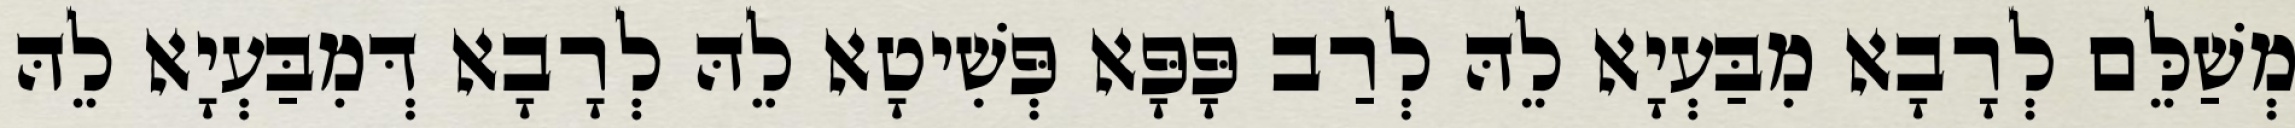
מְשַׁלֵּם לְרָבָא מִבַּעְיָא לֵהּ לְרַב פָּפָּא פְּשִׁיטָא לֵהּ לְרָבָא דְּמִבַּעְיָא לֵהּ